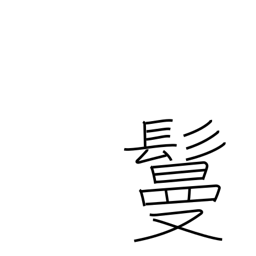
Meaning: hair piece